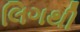
લિગથી